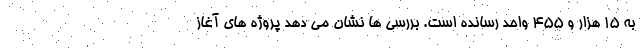
به ۱۵ هزار و ۴۵۵ واحد رسانده است. بررسی ها نشان می دهد پروژه های آغاز